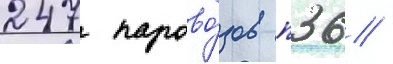
247 парово́зов п36 /